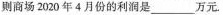
则商场2020年4月份的利润是___万元。